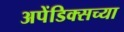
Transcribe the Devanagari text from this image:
अपेंडिक्सच्या